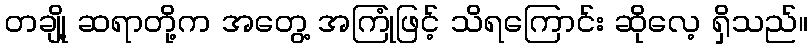
တချို့ ဆရာတို့က အတွေ့ အကြုံဖြင့် သိရကြောင်း ဆိုလေ့ ရှိသည်။